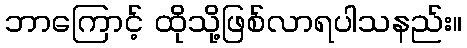
ဘာကြောင့် ထိုသို့ဖြစ်လာရပါသနည်း။